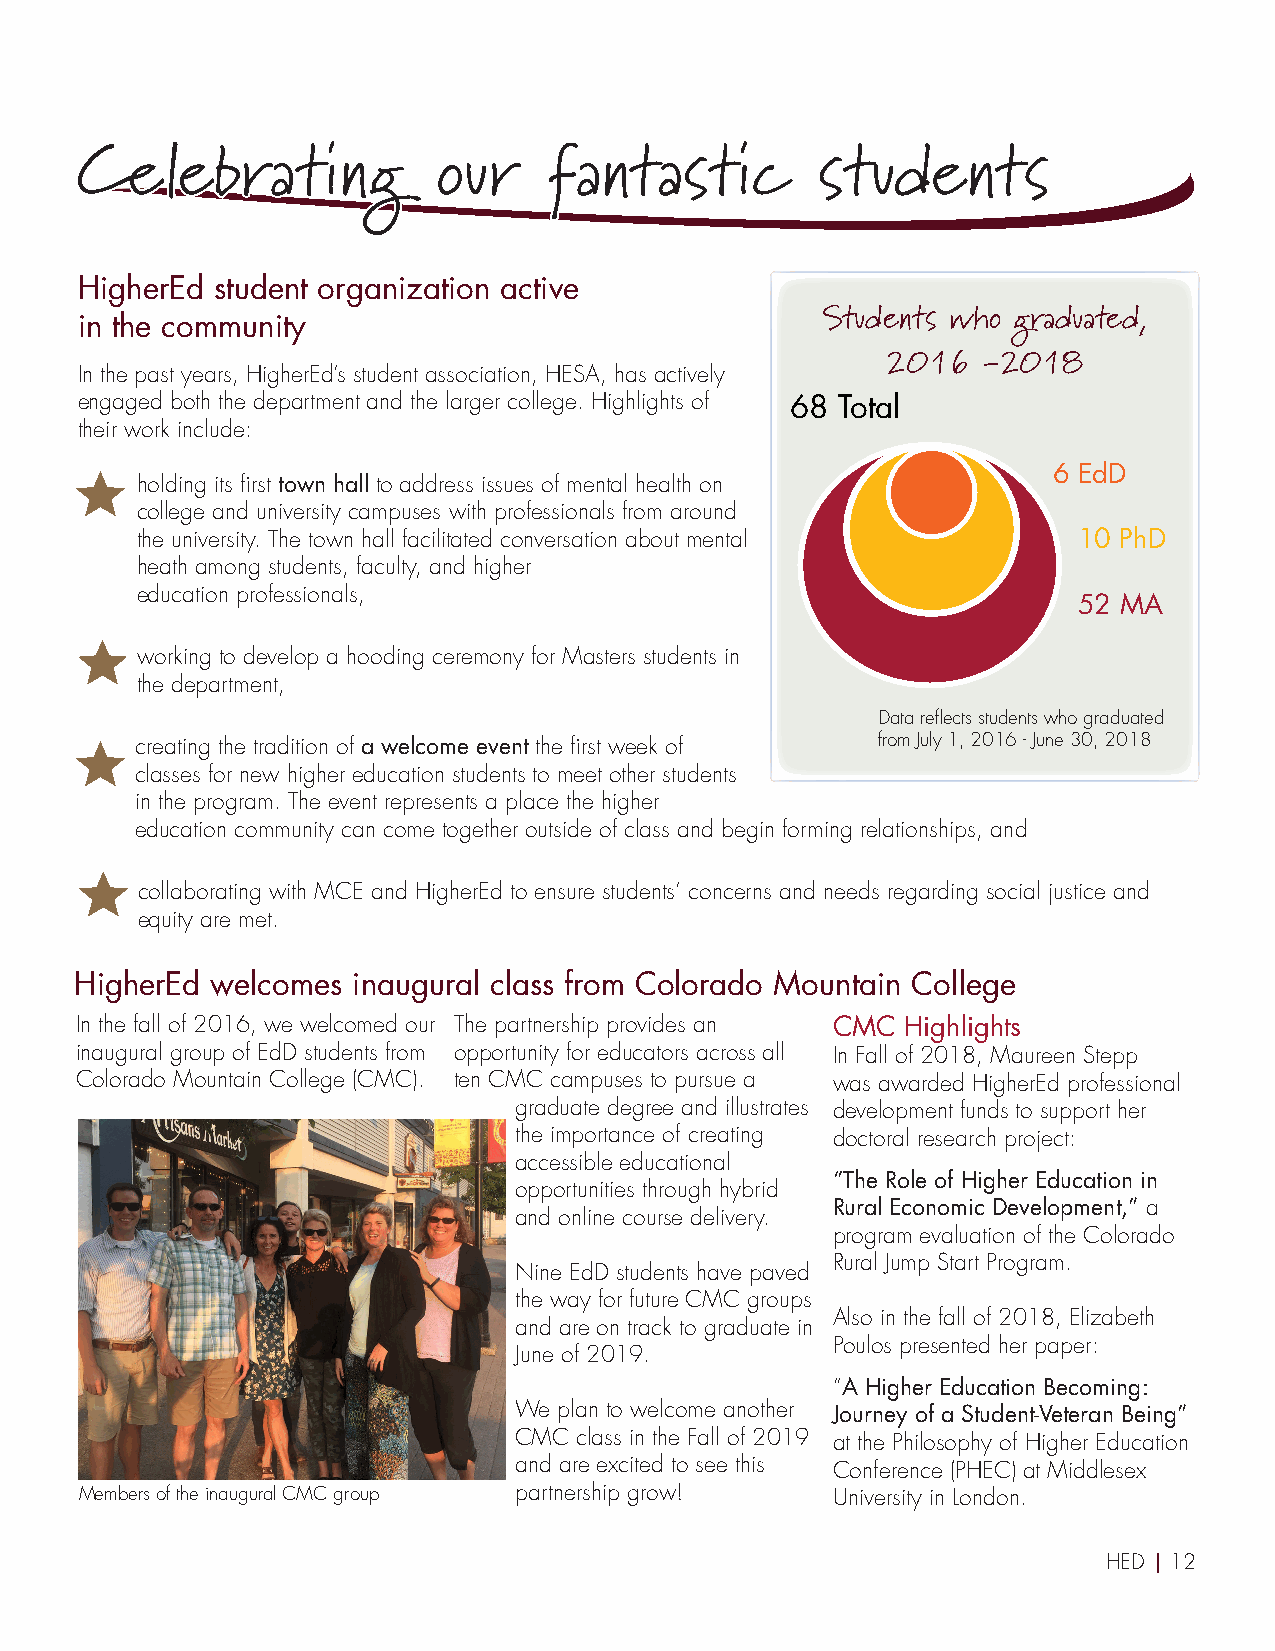
Celebrating             our    fantastic         students
 HigherEd student organization active
 in the community                                 Students who graduated,
 2016  -2018
 In the past years, HigherEd’s student association, HESA, has actively
 engaged both the department and the larger college. Highlights of 68 Total
 their work include:
 6 EdD
 holding its first town hall to address issues of mental health on
 college and university campuses with professionals from around
 the university. The town hall facilitated conversation about mental 10 PhD
 heath among students, faculty, and higher
 education professionals,
 52 MA
 working to develop a hooding ceremony for Masters students in
 the department,
 Data reflects students who graduated
 creating the tradition of a welcome event the first week of from July 1, 2016 - June 30, 2018
 classes for new higher education students to meet other students
 in the program. The event represents a place the higher
 education community can come together outside of class and begin forming relationships, and
 collaborating with MCE and HigherEd to ensure students’ concerns and needs regarding social justice and
 equity are met.
 HigherEd welcomes inaugural class from Colorado Mountain College
 In the fall of 2016, we welcomed our The partnership provides an CMC Highlights
 inaugural group of EdD students from opportunity for educators across all In Fall of 2018, Maureen Stepp
 Colorado Mountain College (CMC). ten CMC campuses to pursue a was awarded HigherEd professional
 graduate degree and illustrates development funds to support her
 the importance of creating doctoral research project:
 accessible educational
 “The Role of Higher Education in
 opportunities through hybrid
 Rural Economic Development,” a
 and online course delivery.
 program evaluation of the Colorado
 Rural Jump Start Program.
 Nine EdD students have paved
 the way for future CMC groups
 Also in the fall of 2018, Elizabeth
 and are on track to graduate in
 Poulos presented her paper:
 June of 2019.
 “A Higher Education Becoming:
 We plan to welcome another Journey of a Student-Veteran Being”
 CMC class in the Fall of 2019 at the Philosophy of Higher Education
 and are excited to see this Conference (PHEC) at Middlesex
 Members of the inaugural CMC group partnership grow! University in London.
 HED | 12